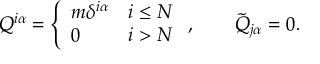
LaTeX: Q ^ { i \alpha } = \left\{ \begin{array} { l l } { { m \delta ^ { i \alpha } } } & { { i \le N } } \\ { { 0 } } & { { i > N } } \end{array} \right. , \qquad \tilde { Q } _ { j \alpha } = 0 .